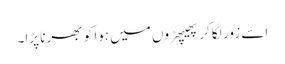
اسے زور لگا کر پھیپھڑوں میں ہوا کو بھرنا پڑا۔